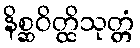
နိစ္ဆဝိတ္ထိသုတ္တံ